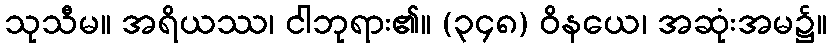
သုသီမ။ အရိယဿ၊ ငါဘုရား၏။ (၃၄၈) ဝိနယေ၊ အဆုံးအမ၌။